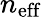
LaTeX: n_{\mathrm{eff}}